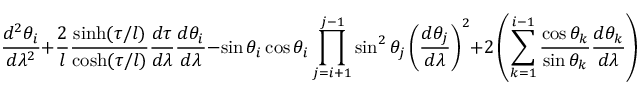
\displaystyle \frac { d ^ { 2 } \theta _ { i } } { d \lambda ^ { 2 } } + \frac { 2 } { l } \frac { \sinh ( \tau / l ) } { \cosh ( \tau / l ) } \frac { d \tau } { d \lambda } \frac { d \theta _ { i } } { d \lambda } - \sin \theta _ { i } \cos \theta _ { i } \prod _ { j = i + 1 } ^ { j - 1 } \sin ^ { 2 } \theta _ { j } \left( \frac { d \theta _ { j } } { d \lambda } \right) ^ { 2 } + 2 \left( \sum _ { k = 1 } ^ { i - 1 } \frac { \cos \theta _ { k } } { \sin \theta _ { k } } \frac { d \theta _ { k } } { d \lambda } \right) \frac { d \theta _ { j } } { d \lambda } = 0 \; .